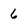
Character: 6